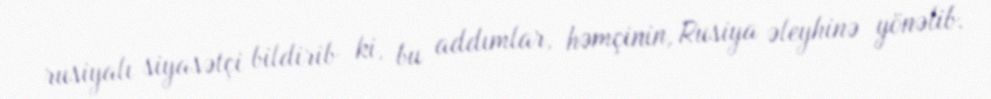
rusiyalı siyasətçi bildirib ki, bu addımlar, həmçinin, Rusiya əleyhinə yönəlib.